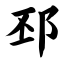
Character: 邳